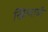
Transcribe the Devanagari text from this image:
खिलाबी